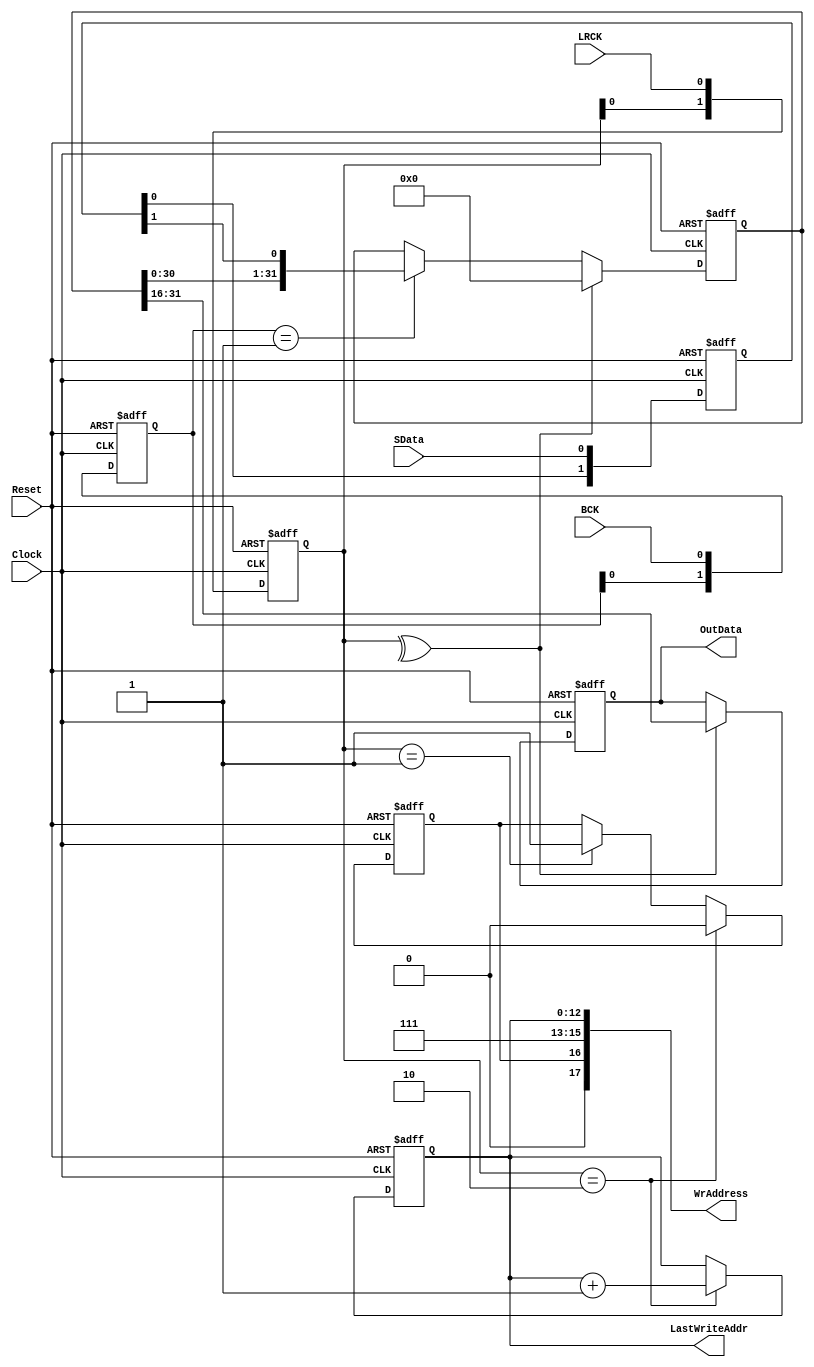
/* 

SRAM
   Start       End
L: 18'h0C000 ~ 18'h0DFFF
R: 18'h1C000 ~ 18'h1DFFF

   16   12    8    4    0
L: 00 1110 0000 0000 0000 ~ 00 1111 1111 1111 1111
R: 01 1110 0000 0000 0000 ~ 01 1111 1111 1111 1111

Y:112

LRCK LHI,RLOW

Portlist
Cacher cacher	(	
		.Clock(Clock),
		.Reset(Reset),	
		.BCK(BCK),
		.LRCK(LRCK),
		.SData(SData),
		.LastWriteAddr(LastWriteAddr),	// o:bw_fftp+1
		.WrAddress(WrAddress),			// o:18
		.OutData(OutData)				// o:16
	);
*/

module Cacher 
(
	////////////////////////////////////////////////////
	// Ports
	input Clock,Reset,
	input BCK,LRCK,SData,
	
	// For FFTLoader
	output [12:0] LastWriteAddr,	//
	
	// For SRAM
	output [17:0] WrAddress,
	output reg [15:0] OutData
);
	reg [31:0] rSR;
	reg [12:0] rAddress;	//0 ~ 8191
	reg [1:0] rBCK,rSData;
	
	reg rLR;
	reg [1:0] rLRCK;
	wire wLRCKBIEdge	= ^rLRCK;			//
	wire wLRCKPEdge		= rLRCK == 2'b01;	//
	wire wLRCKNEdge		= rLRCK == 2'b10;	//
	
	assign WrAddress = {1'b0,rLR,3'b111,rAddress};
	assign LastWriteAddr	= rAddress;
	always@(posedge Clock or posedge Reset) begin	//LRClock
		if(Reset) begin
			{rSR,rBCK,rSData,rLRCK,rAddress,OutData,rLR} <= 1'b0;
		end else begin
			rLRCK	<= {rLRCK[0],LRCK};
			rBCK	<= {rBCK[0],BCK};
			rSData	<= {rSData[0],SData};
			
			if(wLRCKBIEdge) //
				OutData	<= rSR[31:16];
				
			if(wLRCKNEdge) begin
				rAddress	<= rAddress+1;
			end
				
			if(wLRCKNEdge)
				rLR	<= 1'b0;
			else if(wLRCKPEdge)
				rLR	<= 1'b1;
			
			if(wLRCKBIEdge)
				rSR	<= 32'b0;
			else if(rBCK == 2'b01)
				rSR	<= {rSR[30:0],rSData[1]};
		end
	end
endmodule